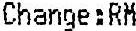
CHANGE:RM